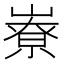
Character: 嶚